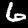
Label: 6